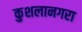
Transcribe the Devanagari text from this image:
कुशलानगरा